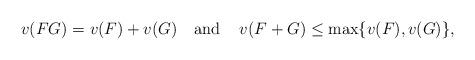
LaTeX: \begin{align*}v(FG)=v(F)+v(G) \,\,\,\, \mbox{ and } \,\,\,\,\, v(F+G)\leq \max\{v(F),v(G)\},\end{align*}